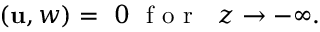
( \mathbf { u } , w ) = ~ 0 ~ \mathrm { ~ f ~ o ~ r ~ } ~ ~ z \to - \infty .